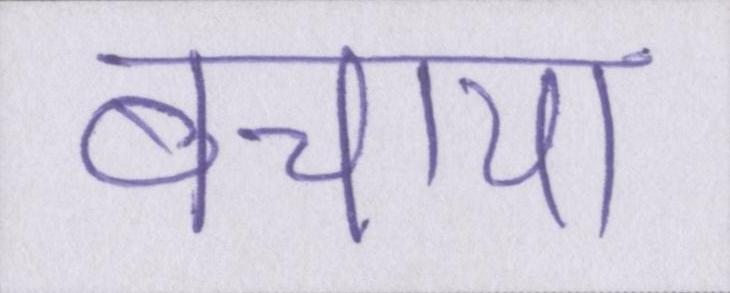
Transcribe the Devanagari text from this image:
बचाया